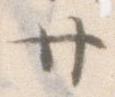
廿